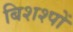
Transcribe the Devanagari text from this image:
बिशश्पों